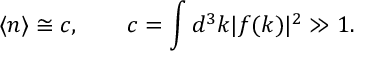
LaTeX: \langle n \rangle \cong c , \qquad c = \int d ^ { 3 } k | f ( k ) | ^ { 2 } \gg 1 .